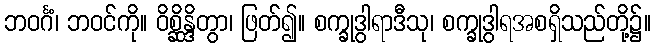
ဘဝင်္ဂံ၊ ဘဝင်ကို။ ဝိစ္ဆိန္ဒိတွာ၊ ဖြတ်၍။ စက္ခုဒွါရာဒီသု၊ စက္ခုဒွါရအစရှိသည်တို့၌။